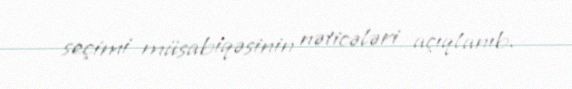
seçimi müsabiqəsinin nəticələri açıqlanıb.